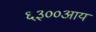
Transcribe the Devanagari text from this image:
६३००आय